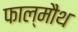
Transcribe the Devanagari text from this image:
फाल्मौथ